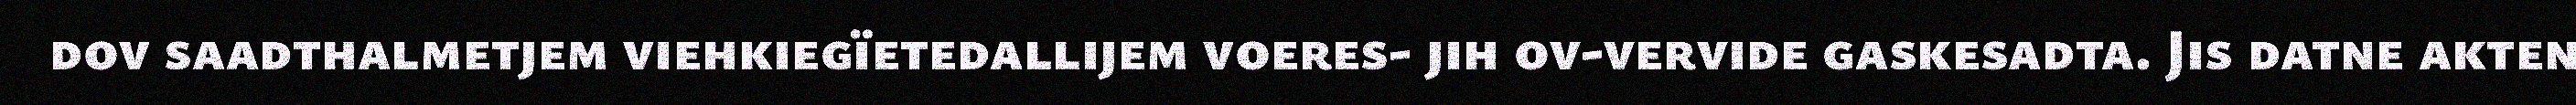
dov saadthalmetjem viehkiegïetedallijem voeres- jih ov-vervide gaskesadta. Jis datne akten